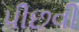
પીછવી